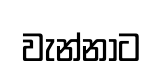
වැන්නාට